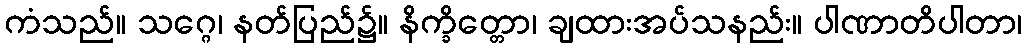
ကံသည်။ သဂ္ဂေ၊ နတ်ပြည်၌။ နိက္ခိတ္တော၊ ချထားအပ်သနည်း။ ပါဏာတိပါတာ၊